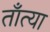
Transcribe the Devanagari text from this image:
ताँत्या